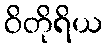
ဝိတိုရိယ